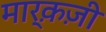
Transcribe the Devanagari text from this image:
मार्क़ज़ी